Bombay plague: being a history of the progress of plague in the Bombay presidency from September 1896 to June 1899
Year: 1896
Disease focus: Plague
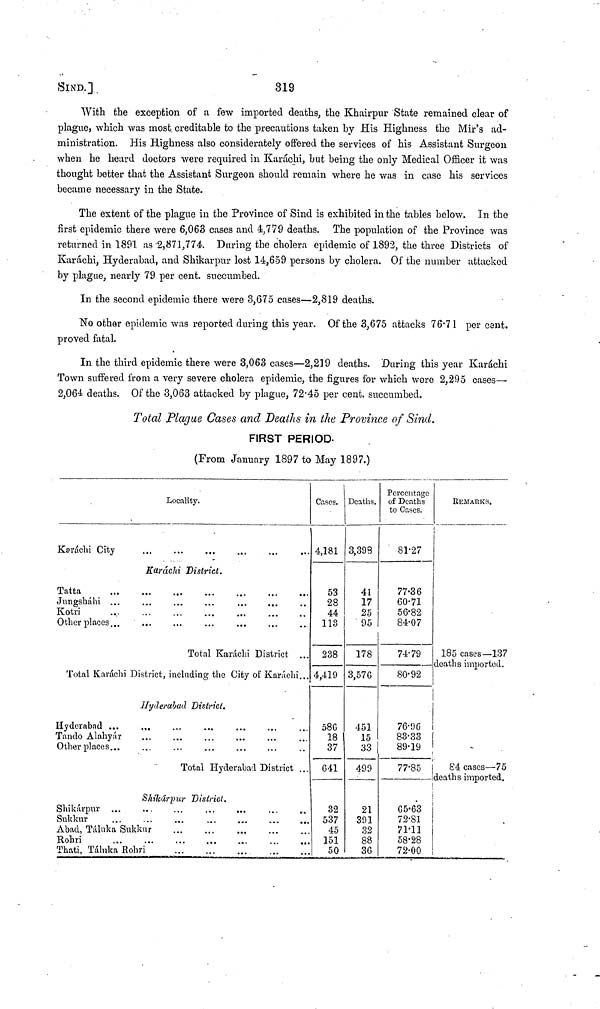
SIND.] .
319
With the exception of a few imported deaths, the Khairpur State remained clear of
plague, which was most creditable to the precautions taken by His Highness the Mir's ad-
ministration. His Highness also considerately offered the services of his Assistant Surgeon
when he heard doctors were required in Karachi, but being the only Medical Officer it was
thought better that the Assistant Surgeon should remain where he was in case his services
became necessary in the State.
The extent of the plague in the Province of Sind is exhibited in the tables below. In the
first epidemic there were 6,063 cases and 4,779 deaths. The population of the Province was
returned in 1891 as 2,871,774. During the cholera epidemic of 1892, the three Districts of
Karachi, Hyderabad, and Shikarpur lost 14,659 persons by cholera. Of the number attacked
by plague, nearly 79 per cent. succumbed.
In the second epidemic there were 3,675 cases—2,819 deaths.
No other epidemic was reported during this year. Of the 3,675 attacks 76 71 per cent.
proved fatal.
In the third epidemic there were 3,063 cases—2,219 deaths. During this year Karáchi
Town suffered from a very severe cholera epidemic, the figures for which were 2,295 cases—
2,064 deaths. Of the 3,063 attacked by plague, 72 45 per cent. succumbed.
Total Plague Cases and Deaths in the Province of Sind.
FIRST PERIOD.
(From January 1897 to May 1897.)
Locality.
Karáchi City
...
...
...
...
...
...
Karachi District.
Tatta
Jungsháhi ...
Kotri
Other places ..
Total Karáchi District ...
Total Karachi District, including the City of Karáchi...
Hyderabad District.
Hyderabad ...
Tanclo Alahyár
Other places
Total Hyderabad District ...
Shikárpur District.
Shikárpur
Sukkur
Abad, Táluka Sukkur
Rohri
Thati, Táluka Rohri
Cases.
4,181
53
28
44
113
238
4,419
58C
18
37
641
32
537
45
151
50
Deaths.
3,393
41
17
25
95
178
3,57G
451
15
33
490
21
391
32
88
3G
Percentage
of Deaths
to Cases.
81 27
77 36
60 71
56 82
84 07
74 79
80 92
76 96
83 33
89 19
77 85
G5 63
72 81
71 11
58 28
72 00
REMARKS.
185 cases—137
deaths imported.
-
84 cases—75
deaths imported.